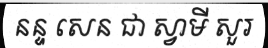
នន្ទ សេន ជា ស្វាមី សួរ